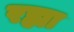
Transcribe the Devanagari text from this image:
रह्या